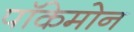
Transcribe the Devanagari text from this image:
पॉकेमोन